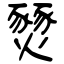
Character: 燹